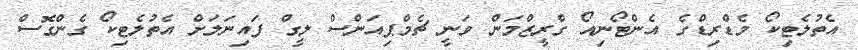
އެތުލެޓިކޯ މެޑްރިޑްގެ އެންޓޯނިއޯ ގްރީޒްމަން ވަނީ ޗެމްޕިއަންސް ލީގް ފައިނަލަށް އެތުލެޓިކޯ ގެންގޮސް